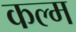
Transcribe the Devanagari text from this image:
कल्म